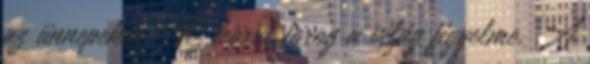
az ünnepekre. Víz körül forog a világ figyelme. A